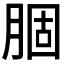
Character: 𫆣